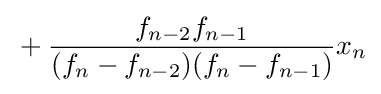
{}+{\frac {f_{n-2}f_{n-1}}{(f_{n}-f_{n-2})(f_{n}-f_{n-1})}}x_{n}